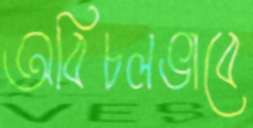
অবিচলভাবে